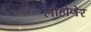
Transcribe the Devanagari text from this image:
लोहोणेर